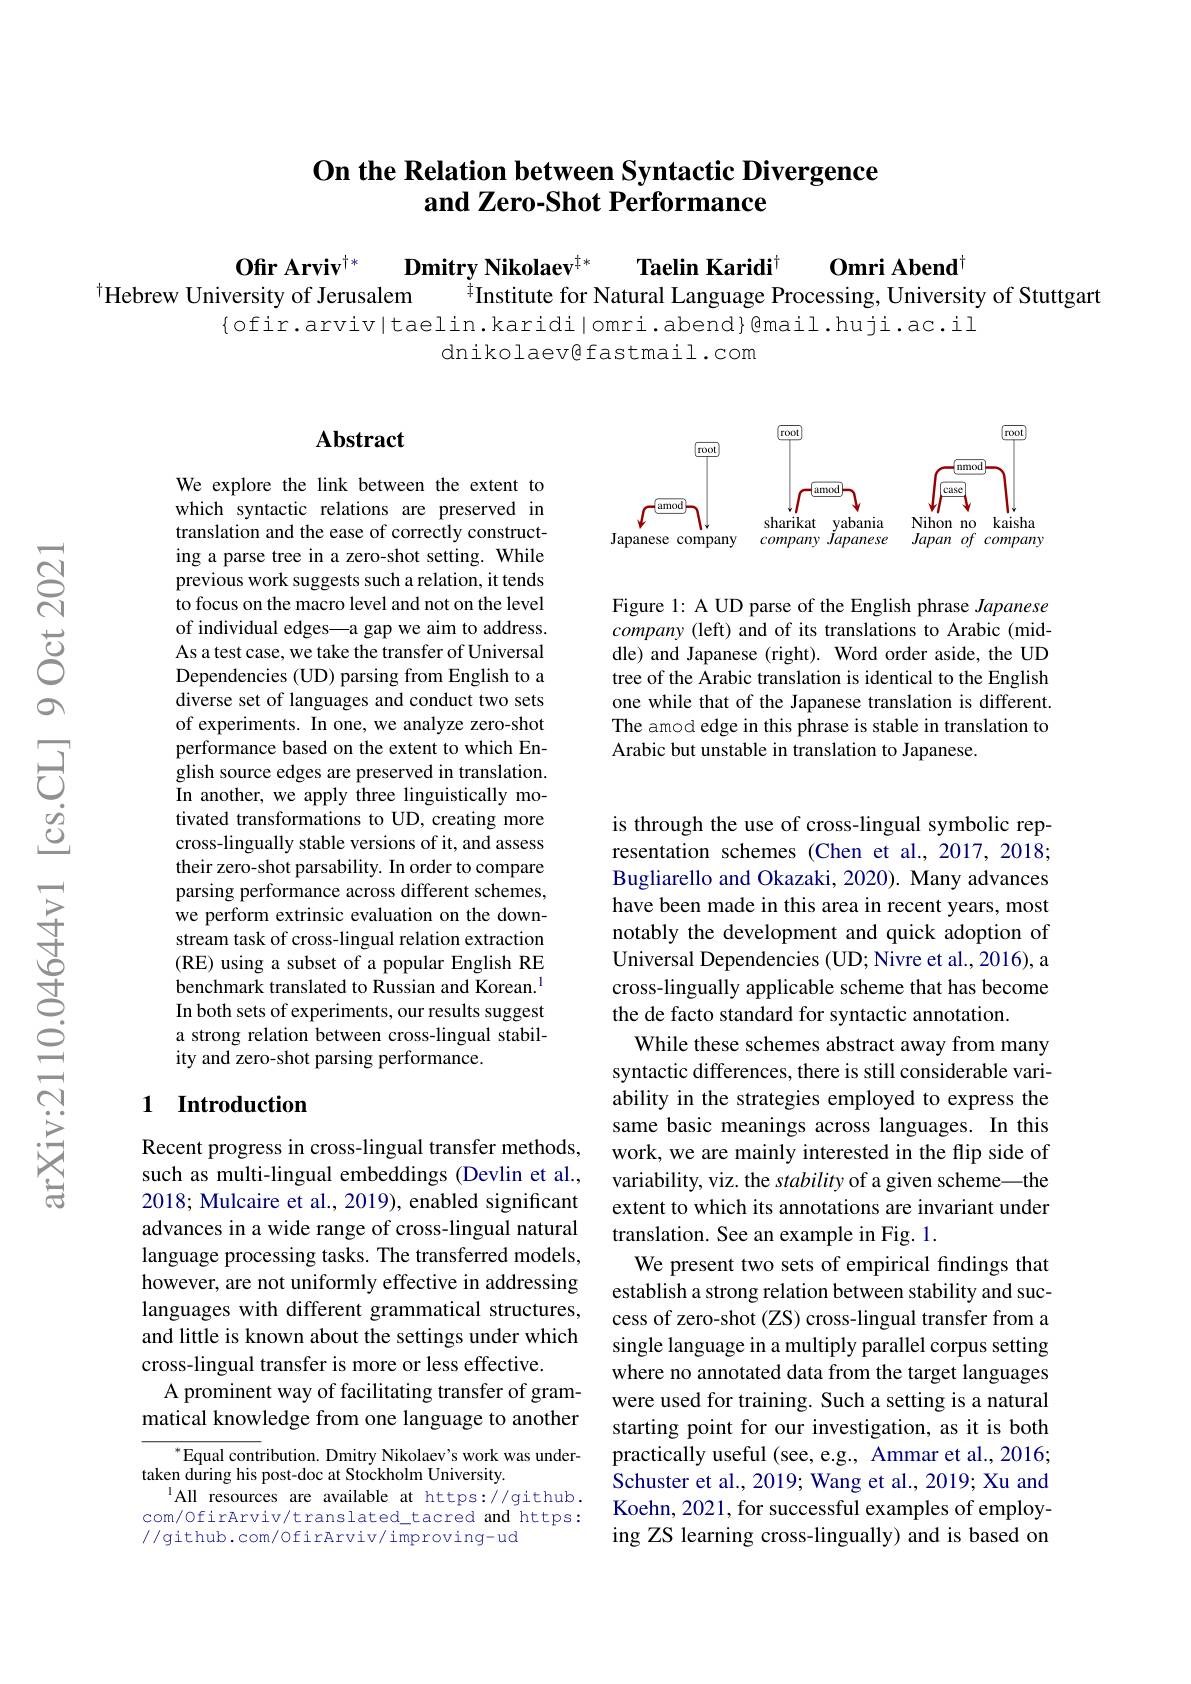
# On the Relation between Syntactic Divergence and Zero-Shot Performance

$0\mathrm{mri~Abend}^{\dagger}$

Taelin Karidi$^{\dagger}$
Ofir Arviv$^{\dagger*}$
Dmitry Nikolaev$^{\dagger*}$
Hebrew University of Jerusalem
$^{\ddagger}$Institute for Natural Language Processing, University of Stuttgart
$\{$ofir.arviv|taelin.karidi|omri.abend}@{mail.huji.ac.il
dnikolaevefastmail.com

## Abstract

<FigureHere>

Figure 1: A UD parse of the English phrase Japanese company (left) and of its translations to Arabic (middle) and Japanese (right). Word order aside, the UD tree of the Arabic translation is identical to the English one while that of the Japanese translation is different. The amod edge in this phrase is stable in translation to Arabic but unstable in translation to Japanese.

We explore the link between the extent to which syntactic relations are preserved in translation and the ease of correctly constructing a parse tree in a zero-shot setting.While previous work suggests such a relation, it tends to focus on the macro level and not on the level of individual edges—a gap we aim to address. As a test case, we take the transfer of Universal Dependencies (UD) parsing from English to a diverse set of languages and conduct two sets of experiments. In one, we analyze zero-shot performance based on the extent to which English source edges are preserved in translation. In another, we apply three linguistically motivated transformations to UD, creating more cross-lingually stable versions of it, and assess their zero-shot parsability. In order to compare parsing performance across different schemes, we perform extrinsic evaluation on the downstream task of cross-lingual relation extraction (RE) using a subset of a popular English RE benchmark translated to Russian and Korean.$^{\mathrm{l}}$ In both sets of experiments, our results suggest a strong relation between cross-lingual stability and zero-shot parsing performance.

## 1 Introduction

is through the use of cross-lingual symbolic representation schemes (Chen et al.,2017,2018; Bugliarello and Okazaki, 2020). Many advances have been made in this area in recent years, most notably the development and quick adoption of Universal Dependencies (UD; Nivre et al., 2016), a cross-lingually applicable scheme that has become the de facto standard for syntactic annotation.
While these schemes abstract away from many syntactic differences, there is still considerable variability in the strategies employed to express the same basic meanings across languages. In this work, we are mainly interested in the flip side of variability, viz. the stability of a given scheme—the extent to which its annotations are invariant under translation. See an example in Fig. 1.
We present two sets of empirical findings that establish a strong relation between stability and success of zero-shot (ZS) cross-lingual transfer from a single language in a multiply parallel corpus setting where no annotated data from the target languages were used for training. Such a setting is a natural starting point for our investigation, as it is both practically useful (see, e.g., Ammar et al., 2016; Schuster et al., 2019; Wang et al., 2019; Xu and Koehn, 2021, for successful examples of employing ZS learning cross-lingually) and is based on

Recent progress in cross-lingual transfer methods, such as multi-lingual embeddings (Devlin et al., 2018; Mulcaire et al., 2019), enabled significant advances in a wide range of cross-lingual natural language processing tasks. The transferred models, however, are not uniformly effective in addressing languages with different grammatical structures, and little is known about the settings under which cross-lingual transfer is more or less effective.
A prominent way of facilitating transfer of grammatical knowledge from one language to another

$^{*}$Equal contribution. Dmitry Nikolaev's work was under-
taken during his post-doc at Stockholm University.
All resources are available at https://github. com/OfirArviv/translated_tacred and https: //github.com/OfirArviv/improving-ud